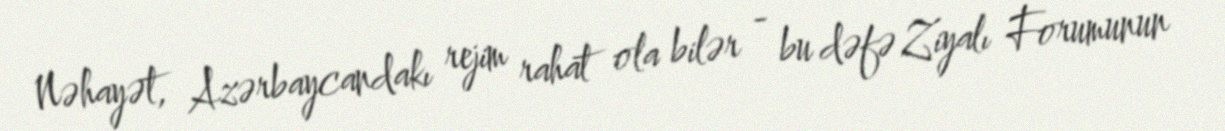
Nəhayət, Azərbaycandakı rejim rahat ola bilər - bu dəfə Ziyalı Forumunun